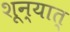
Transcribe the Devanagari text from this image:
शून्यात्